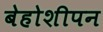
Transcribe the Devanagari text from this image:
बेहोशीपन